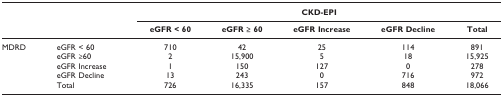
<table><thead><tr><td></td><td></td><td colspan="5"><b>CKD-EPI</b></td></tr></thead><tbody><tr><td></td><td></td><td><b>eGFR &lt; 60</b></td><td><b>eGFR ≥ 60</b></td><td><b>eGFR Increase</b></td><td><b>eGFR Decline</b></td><td><b>Total</b></td></tr><tr><td>MDRD</td><td>eGFR &lt; 60</td><td>710</td><td>42</td><td>25</td><td>114</td><td>891</td></tr><tr><td></td><td>eGFR ≥60</td><td>2</td><td>15,900</td><td>5</td><td>18</td><td>15,925</td></tr><tr><td></td><td>eGFR Increase</td><td>1</td><td>150</td><td>127</td><td>0</td><td>278</td></tr><tr><td></td><td>eGFR Decline</td><td>13</td><td>243</td><td>0</td><td>716</td><td>972</td></tr><tr><td></td><td>Total</td><td>726</td><td>16,335</td><td>157</td><td>848</td><td>18,066</td></tr></tbody></table>